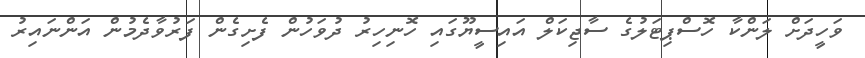
ވަހީދަށް ލަންކާ ހޮސްޕިޓަލުގެ ސާޖިކަލް އައިސީޔޫގައި ހޮނިހިރު ދުވަހުން ފެށިގެން ފަރުވާދެމުން އަންނައިރު